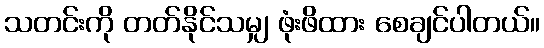
သတင်းကို တတ်နိုင်သမျှ ဖုံးဖိထား စေချင်ပါတယ်။